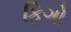
ફિગો